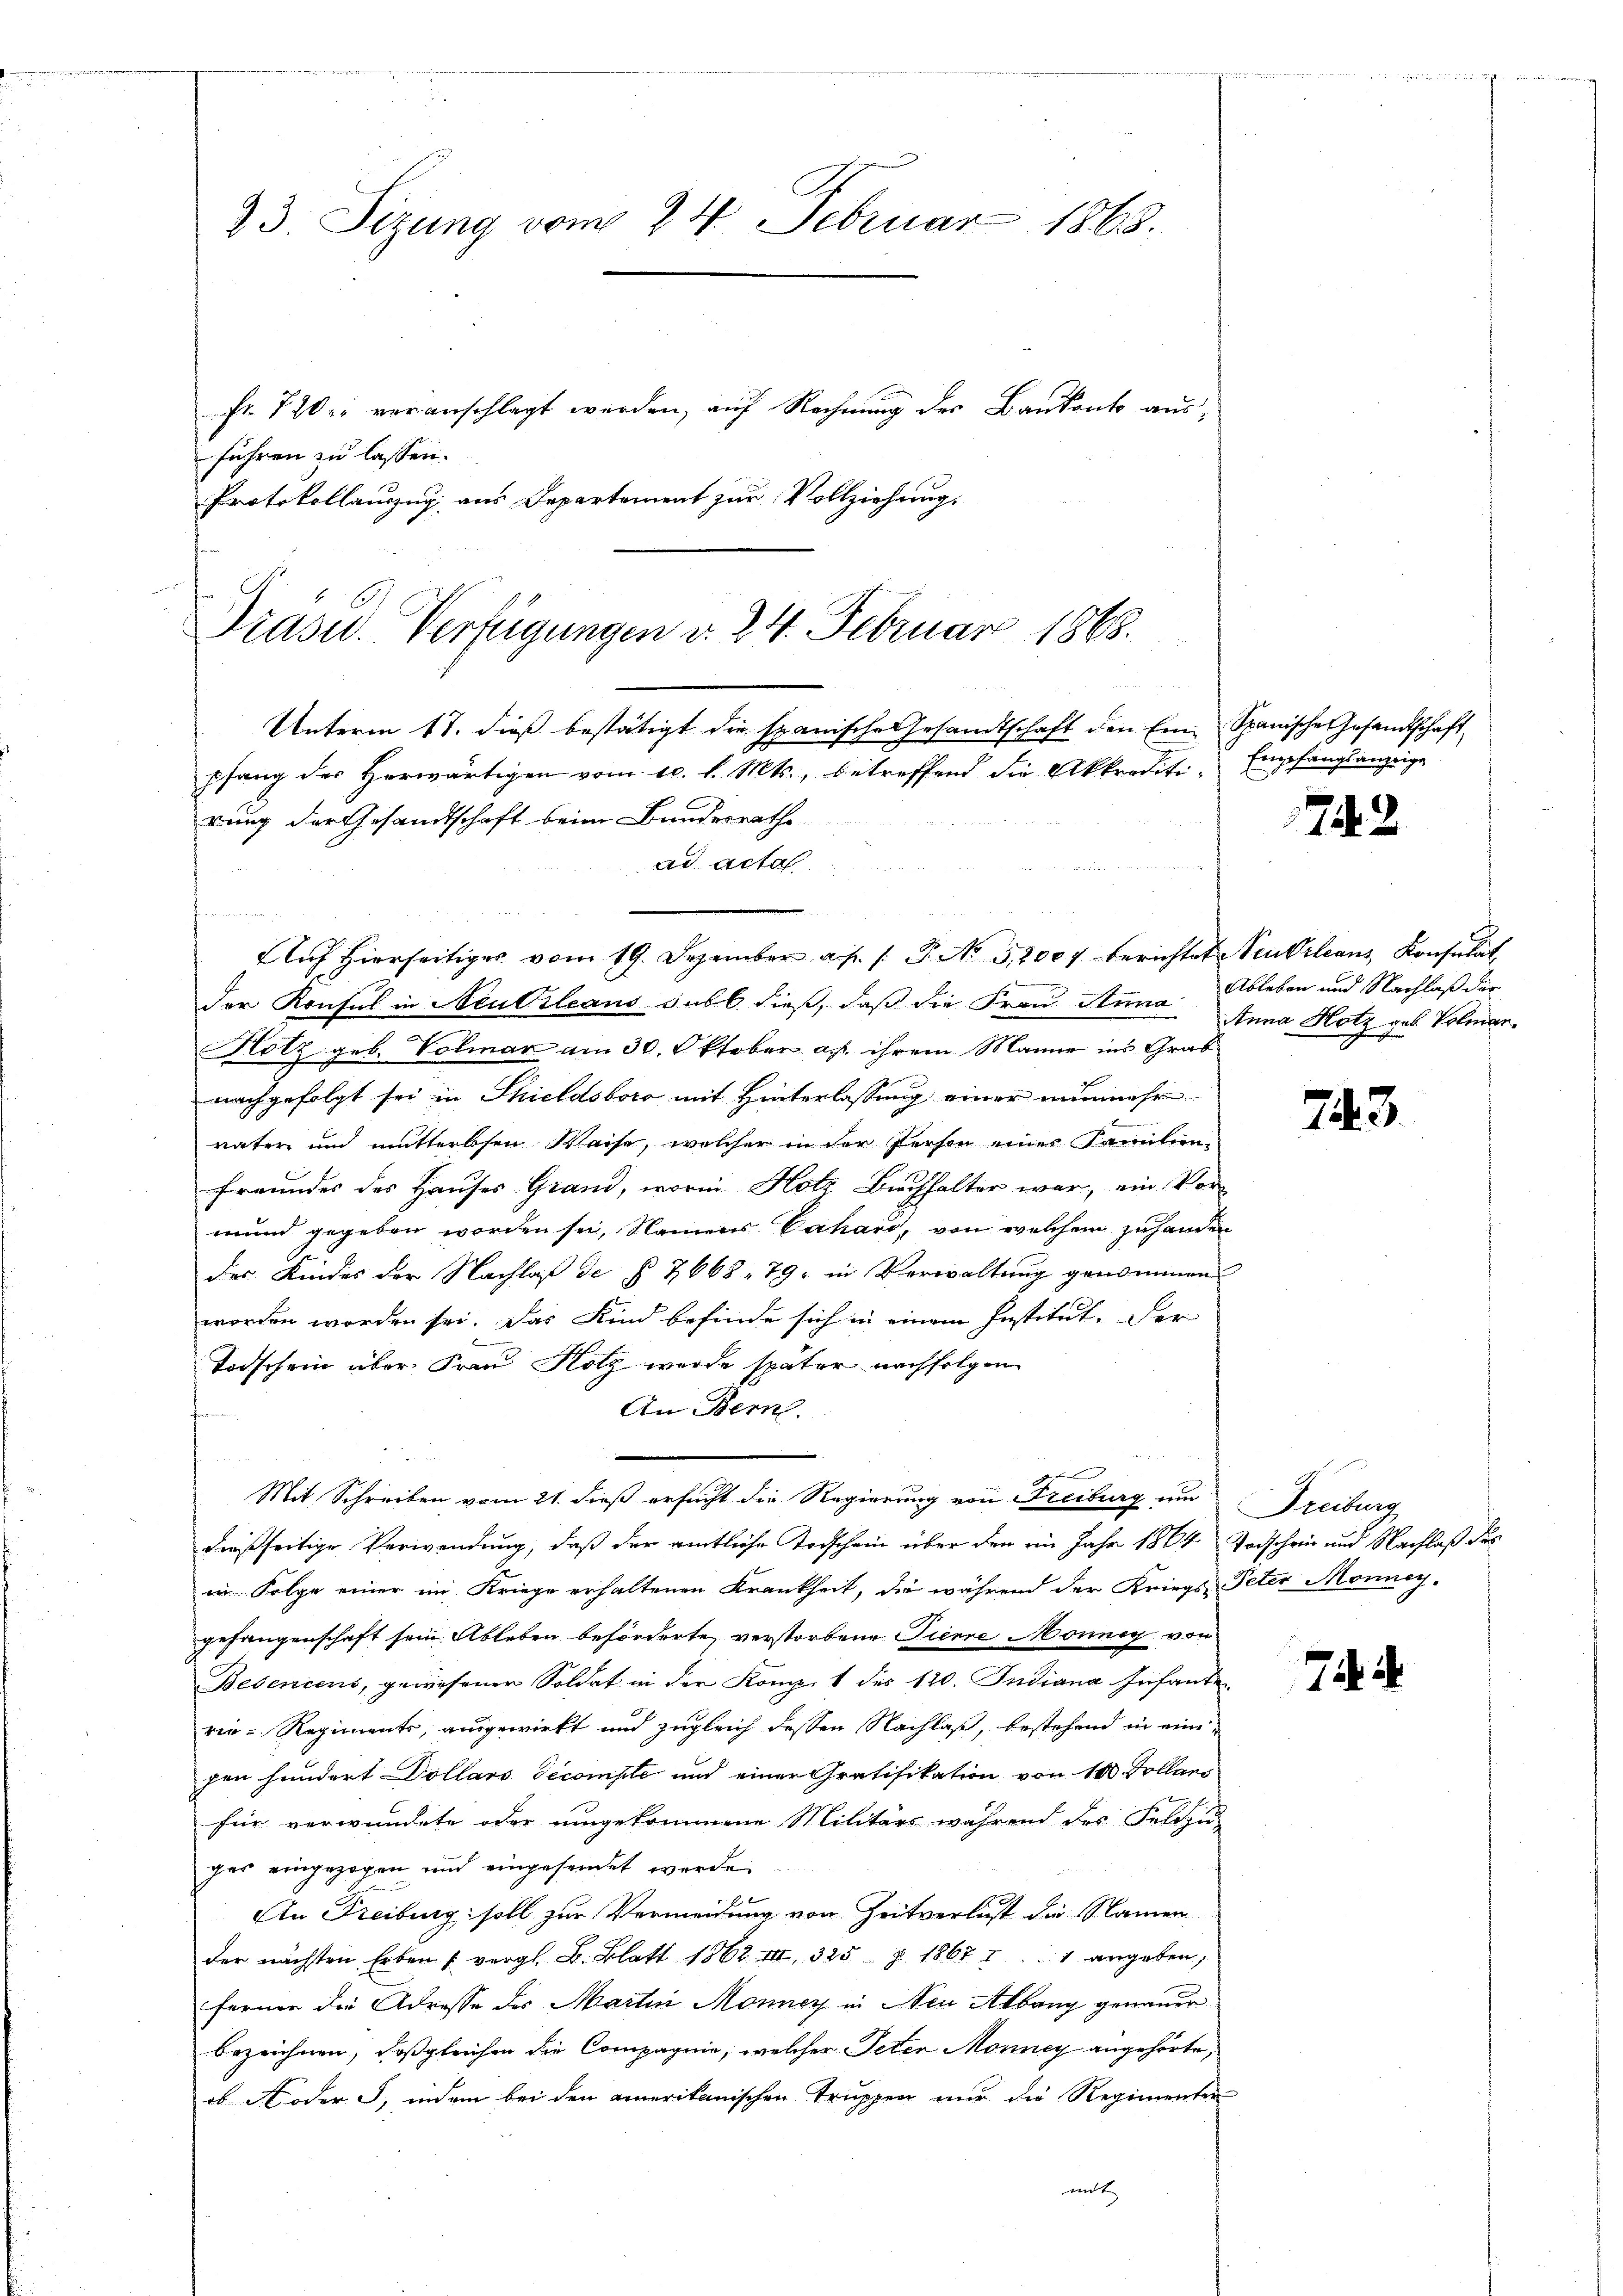
fr. 7 20 voranschlagt werden, auf Rechnung des Bankonto ausführen zu lassen.
Protokollauszug aus Departement zur Vollziehung.

Präsid. Verfügungen v. 24. Februar 1865.

23. Sizung vom 24. Februar 1865.

Unterm 17. dieß bestätigt die spanische Gesandtschaft den Eine Spanische Gesandtschaft
pfang des Herwärtigen vom 10. d. Mts., betreffend die Akkrediti-
rung der Gesandtschaft beim Bundesrathe
ad. Acta
          22
lich hierseitige vom 19. Dezember a. p. P. No 5200 berichtete Sentilians Konsulat
der Konsul in Neubileaus sub b. dieß, daß die Frau Anna Ableben und Nachlaß der
Hotz geb. Volmar am 30. Oktober a.h. ihrem Manne ins Grab
nachgefolgt sei in Thieldsboro mit Hinterlassung einer nunmehr
väter und mutterlosen Waise, welcher in der Person eines Familien-
Freundes des Hauses Grand, worin Hotz, Buchhalter war, ein Vor-
mund gegeben worden sei, Namens Cahard, von welchem zuhanden
des Kindes der Nachlaß der § 7668. 79. in Verwaltung genommen
worden worden sei. Das Kind befinde sich in einem Institut. Der
Todschein über Frau Hotz wurde später nachfolgen
An Bern.
gften
Mit Schreiben vom 21. dieß ersucht die Regierung von Freiburg um
dießseitige Verwendung, daß der amtliche Todschein über den im Jahr 1864 Vorschein und Nachlaß des
in Folge einer im Kriege erhaltenen Krankheit, die während der Kriegs- Peter Monney-
gefangenschaft sein. Ableben beförderte verstorbene Tiere Monnig von
Bebencens, gewesener Soldat in der Komp. 1 des 120. Indiana Infante
rie-Regiments, ausgewirkt und zugleich dessen Nachlaß, bestehend in einigen hundert Dollars Decompte und einer Gratifikation von 100 Dollans
für verwundete oder umgekommene Militärs während des Feldzu-
ges eingezogen und eingesendet werde

An Freiburg soll zur Vermeidung von Zeitverlust die Namen
der nächsten Erben vergl. B. Blatt 1862. III. 325 Z 1867 I. 1 angeben,
ferner die Adresse des Martini Monner in Neu Albang genauer
bezeichnen, daß gleichen die Compagnie, welcher Peter Monney angehörte,
ob Noder §. indem bei den amerikanischen Truppen nur die Regimenten
nit

Empfangsanzeige

1742

Anna Hotz geb. Volmar.

743.

Freiburg

7